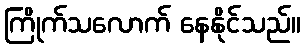
ကြိုက်သလောက် နေနိုင်သည်။